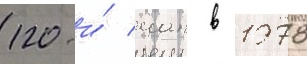
120-и́ иап в 1978